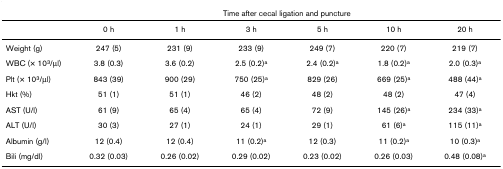
<table><thead><tr><td></td><td colspan="6"><b>Time after cecal ligation and puncture</b></td></tr></thead><tbody><tr><td></td><td>0 h</td><td>1 h</td><td>3 h</td><td>5 h</td><td>10 h</td><td>20 h</td></tr><tr><td>Weight (g)</td><td>247 (5)</td><td>231 (9)</td><td>233 (9)</td><td>249 (7)</td><td>220 (7)</td><td>219 (7)</td></tr><tr><td>WBC (× 10<sup>3</sup>/μl)</td><td>3.8 (0.3)</td><td>3.6 (0.2)</td><td>2.5 (0.2)<sup>a</sup></td><td>2.4 (0.2)<sup>a</sup></td><td>1.8 (0.2)<sup>a</sup></td><td>2.0 (0.3)<sup>a</sup></td></tr><tr><td>Plt (× 10<sup>3</sup>/μl)</td><td>843 (39)</td><td>900 (29)</td><td>750 (25)<sup>a</sup></td><td>829 (26)</td><td>669 (25)<sup>a</sup></td><td>488 (44)<sup>a</sup></td></tr><tr><td>Hkt (%)</td><td>51 (1)</td><td>51 (1)</td><td>46 (2)</td><td>48 (2)</td><td>48 (2)</td><td>47 (4)</td></tr><tr><td>AST (U/l)</td><td>61 (9)</td><td>65 (4)</td><td>65 (4)</td><td>72 (9)</td><td>145 (26)<sup>a</sup></td><td>234 (33)<sup>a</sup></td></tr><tr><td>ALT (U/l)</td><td>30 (3)</td><td>27 (1)</td><td>24 (1)</td><td>29 (1)</td><td>61 (6)<sup>a</sup></td><td>115 (11)<sup>a</sup></td></tr><tr><td>Albumin (g/l)</td><td>12 (0.4)</td><td>12 (0.4)</td><td>11 (0.2)<sup>a</sup></td><td>12 (0.3)</td><td>11 (0.2)<sup>a</sup></td><td>10 (0.3)<sup>a</sup></td></tr><tr><td>Bili (mg/dl)</td><td>0.32 (0.03)</td><td>0.26 (0.02)</td><td>0.29 (0.02)</td><td>0.23 (0.02)</td><td>0.26 (0.03)</td><td>0.48 (0.08)<sup>a</sup></td></tr></tbody></table>